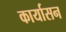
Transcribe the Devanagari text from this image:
कार्यासन